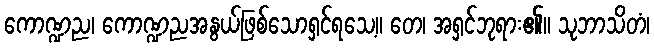
ကောဏ္ဍည၊ ကောဏ္ဍညအနွယ်ဖြစ်သောရှင်ရသေ့။ တေ၊ အရှင်ဘုရား၏။ သုဘာသိတံ၊